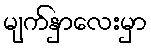
မျက်နှာလေးမှာ